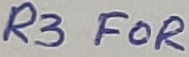
Text: R3 FOR